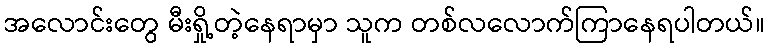
အလောင်းတွေ မီးရှို့တဲ့နေရာမှာ သူက တစ်လလောက်ကြာနေရပါတယ်။